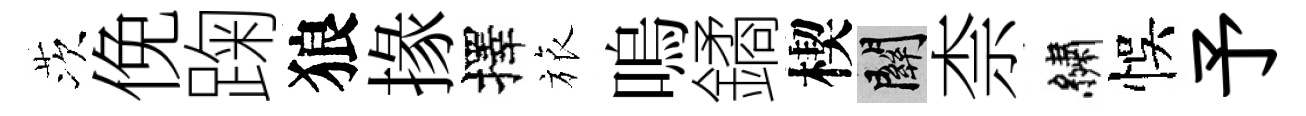
茨俛踘狼掾擇旅嗚鐍楔關柰繡悞予